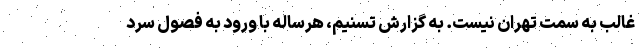
غالب به سمت تهران نیست. به گزارش تسنیم، هرساله با ورود به فصولِ سرد